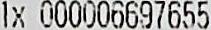
1X 000006697655